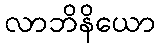
လာဘိနိယော